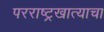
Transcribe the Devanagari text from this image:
परराष्ट्रखात्याचा